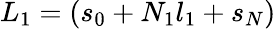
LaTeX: L_{1}=(s_{0}+N_{1}l_{1}+s_{N})